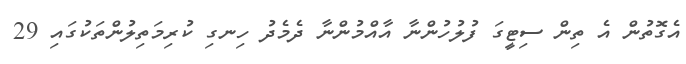
އެގޮތުން އެ ތިން ސިޓީގަ ފުލުހުންނާ އާއްމުންނާ ދެމެދު ހިނގި ކުރިމަތިލުންތަކުގައި 29